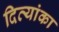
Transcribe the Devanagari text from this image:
दिव्यांका